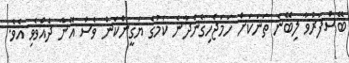
ބޭސްފަރުވާ ލިބޭނެ ތަނަކަށް ހަމަޖެހިގެންދާނެ ކަމުގެ ޔަގީންކަން ވެސް އޭނާ ދެއްވެވި އެވެ.